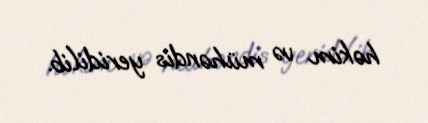
həkim və mühəndis yeridilib.